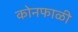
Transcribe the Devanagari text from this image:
कोनफाळी